Civil Veterinary Dept. Assam report 1927-50 - 1927-1950
Year: 1927
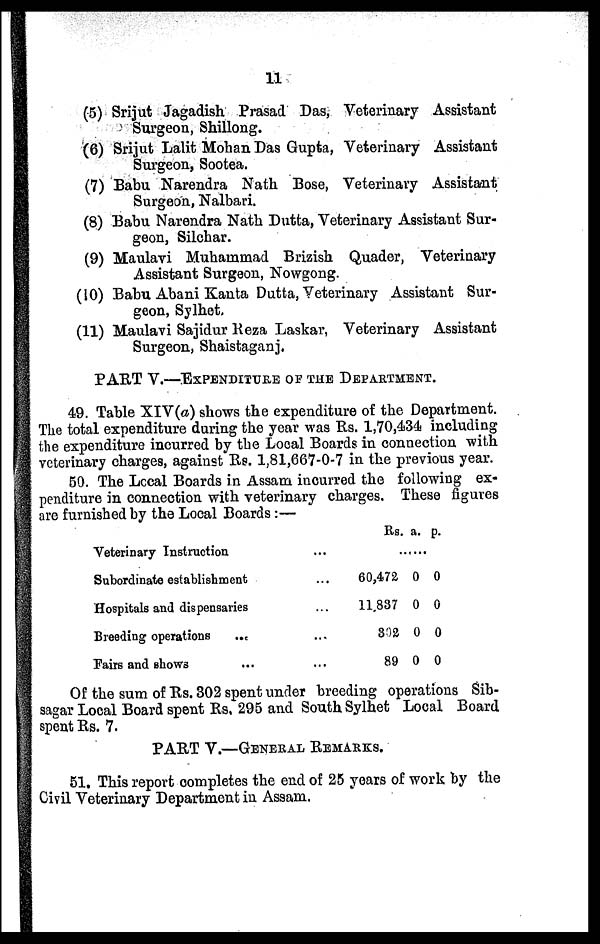
11
(5) Srijut Jagadish Prasad Das, Veterinary Assistant
Surgeon, Shillong.
(6) Srijut Lalit Mohan Das Gupta, Veterinary Assistant
Surgeon, Sootea.
(7) Babu Narendra Nath Bose, Veterinary Assistant
Surgeon, Nalbari.
(8) Babu Narendra Nath Dutta, Veterinary Assistant Sur-
geon, Silchar.
(9) Maulavi Muhammad Brizish Quader, Veterinary
Assistant Surgeon, Nowgong.
(10) Babu Abani Kanta Dutta, Veterinary Assistant Sur-
geon, Sylhet,
(11) Maulavi Sajidur Reza Laskar, Veterinary Assistant
Surgeon, Shaistaganj,
PART V.—EXPENDITURE OF THE DEPARTMENT.
49. Table XIV(a) shows the expenditure of the Department.
The total expenditure during the year was Rs. 1,70,434 including
the expenditure incurred by the Local Boards in connection with
veterinary charges, against Re. 1,81,667-0-7 in the previous year.
50. The Local Boards in Assam incurred the following ex-
penditure in connection with veterinary charges. These figures
are furnished by the Local Boards :—
Veterinary Instruction
Subordinate establishment
Hospitals and dispensaries
Breeding operations
...
Fairs and shows ...
...
...
...
...
…
Rs. a. p.
.......
60,472 0 0
11,837 0 0
302 0 0
89 0 0
Of the sum of Rs. 302 spent under breeding operations Sib-
sagar Local Board spent Rs, 295 and South Sylhet Local Board
spent Rs. 7.
PART V.—GENERAL REMARKS.
51. This report completes the end of 25 years of work by the
Civil Veterinary Department in Assam.